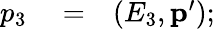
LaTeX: \begin{array}{rlr}{p_{3}}&{{}=}&{(E_{3},\mathbf{p}^{\prime});}\end{array}